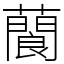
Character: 䕞